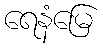
ရေနံမြေ